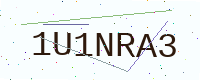
Text: 1U1NRA3